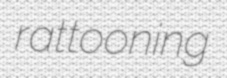
rattooning